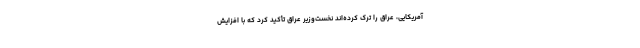
آمریکایی، عراق را ترک کرده‌اند نخست‌وزیر عراق تأکید کرد که با افزایش